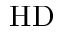
\mathrm { H D }